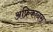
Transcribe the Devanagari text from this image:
अफ्रिकानस